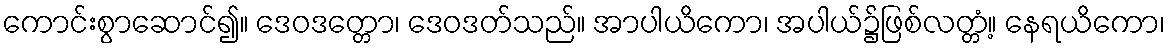
ကောင်းစွာဆောင်၍။ ဒေဝဒတ္တော၊ ဒေဝဒတ်သည်။ အာပါယိကော၊ အပါယ်၌ဖြစ်လတ္တံ့။ နေရယိကော၊